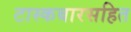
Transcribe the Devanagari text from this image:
टास्कबारसहित